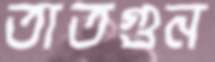
তাতগুন